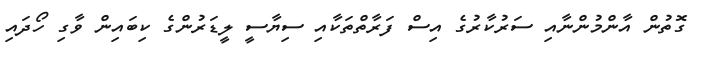
ގޮތުން އާންމުންނާއި ސަރުކާރުގެ އިސް ފަރާތްތަކާއި ސިޔާސީ ލީޑަރުންގެ ކިބައިން ވާގި ހޯދައި